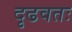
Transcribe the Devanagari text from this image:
दृढवतः